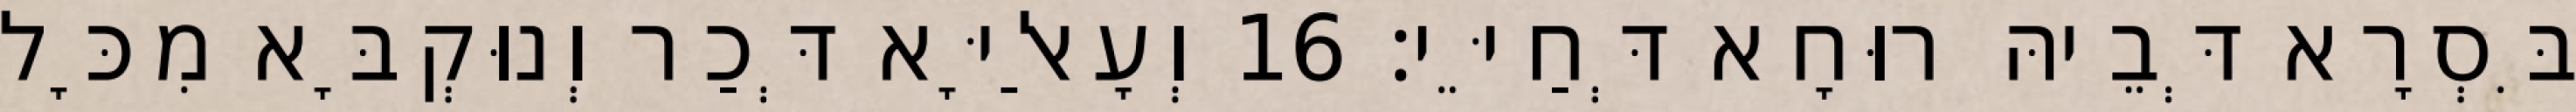
בִּסְרָא דְּבֵיהּ רוּחָא דְּחַיֵּי׃ 16 וְעָאלַיָּא דְּכַר וְנוּקְבָּא מִכָּל